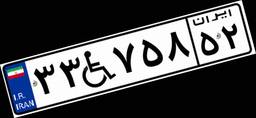
۳۳W۷۵۸۵۲